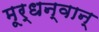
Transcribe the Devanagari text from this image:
मूर्धन्वान्‌